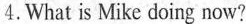
4. What is Mike doing now?